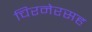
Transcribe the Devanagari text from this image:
चिरनेरसह